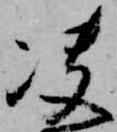
決